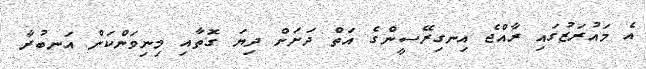
އެ މައުރަޒުގައި ރާއްޖެ އިނގިރޭސީންގެ އަތް ދަށަށް ދިޔަ ގޮތާއި މިނިވަންކަން އަނބުރާ